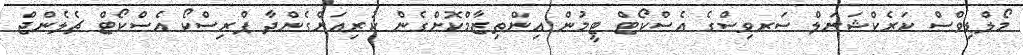
މޯލްޑިވްސް ކަރެކްޝަނަލް ސަރވިސްގެ އެސްކޯޓް ޓީމުން އިންތިޒާމްކޮށްގެން ކުރިއަށްގެންދާ ޕްރިސްކޯ އެސްކޯޓް ޗެލެންޖް